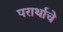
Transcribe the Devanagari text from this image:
परार्थाचे